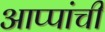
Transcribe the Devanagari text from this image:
आप्पांची